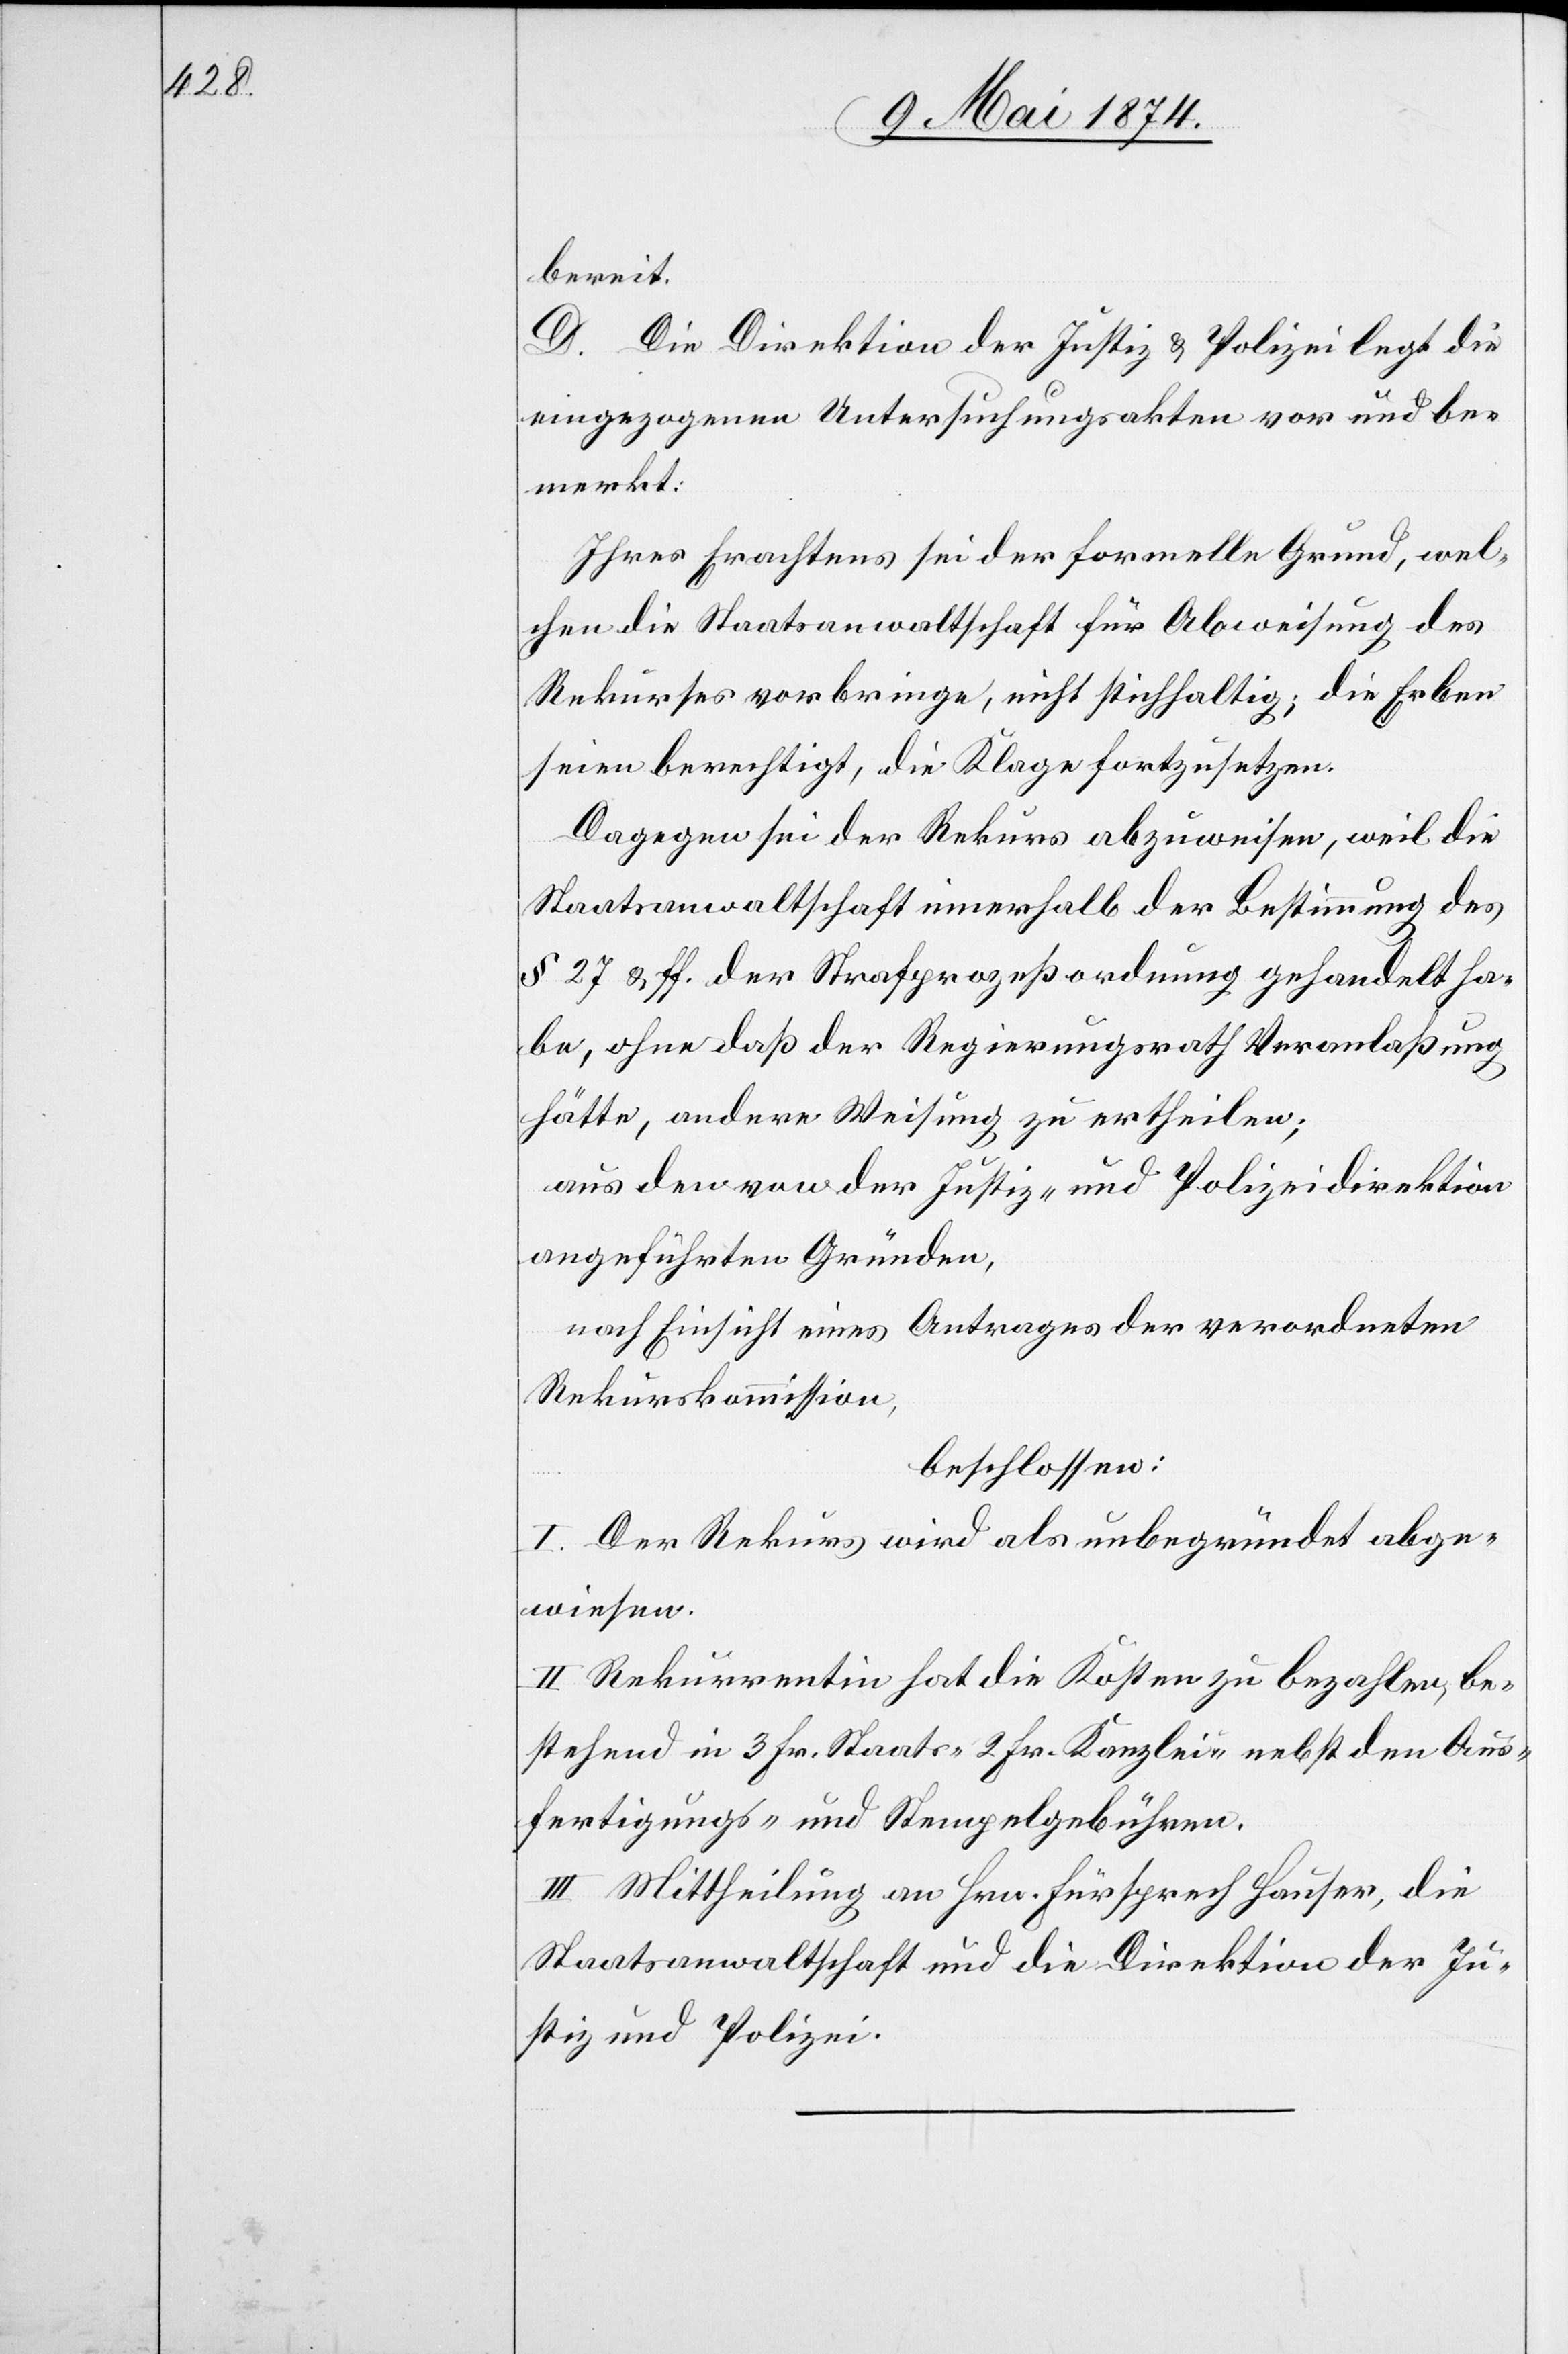
bereit.
D. Die Direktion der Justiz u. Polizei legt die
eingezogenen Untersuchungsakten vor und be¬
merkt:
Ihres Erachtens sei der formelle Grund, wel¬
chen die Staatsanwaltschaft für Abweisung des
Rekurses vorbringe, nicht stichhaltig; die Erben
seien berechtigt, die Klage fortzusetzen.
Dagegen sei der Rekurs abzuweisen, weil die
Staatsanwaltschaft innerhalb der Bestimmung des
§ 27 u. ff. der Strafprozeßordnung gehandelt ha¬
be, ohne daß der Regierungsrath Veranlaßung
hätte, andere Weisung zu ertheilen;
aus den von der Justiz- und Polizeidirektion
angeführten Gründen,
nach Einsicht eines Antrages der verordneten
Rekurskommission,
beschlossen:
I. Der Rekurs wird als unbegründet abge¬
wiesen.
II. Rekurrentin hat die Kosten zu bezahlen, be¬
stehend in 3 Fr. Staats-[,] 2 Fr. Kanzlei- nebst den Aus¬
fertigungs- und Stempelgebühren.
III. Mittheilung an Hrn. Fürsprech Hauser, die
Staatsanwaltschaft und die Direktion der Ju¬
stiz und Polizei.